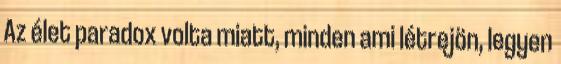
Az élet paradox volta miatt, minden ami létrejön, legyen